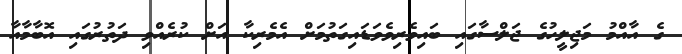
ގެ އާއްމު މަޖިލީހުގެ ޖަލްސާގައި ބައިވެރިވެވަޑައިގަތުމަށް އެމެރިކާ އަށް ކުރެއްވި ދަތުރުގައި އޮބާމާއާ